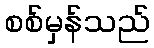
စစ်မှန်သည်